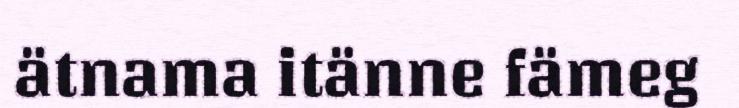
ätnama itänne fämeg